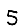
Digit: 5